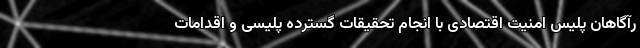
رآگاهان پلیس امنیت اقتصادی با انجام تحقیقات گسترده پلیسی و اقدامات